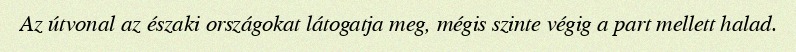
Az útvonal az északi országokat látogatja meg, mégis szinte végig a part mellett halad.